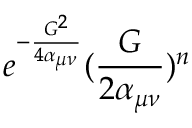
e ^ { - \frac { G ^ { 2 } } { 4 \alpha _ { \mu \nu } } } ( \frac { G } { 2 \alpha _ { \mu \nu } } ) ^ { n }